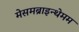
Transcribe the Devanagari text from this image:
मेसमब्राइन्थेमम